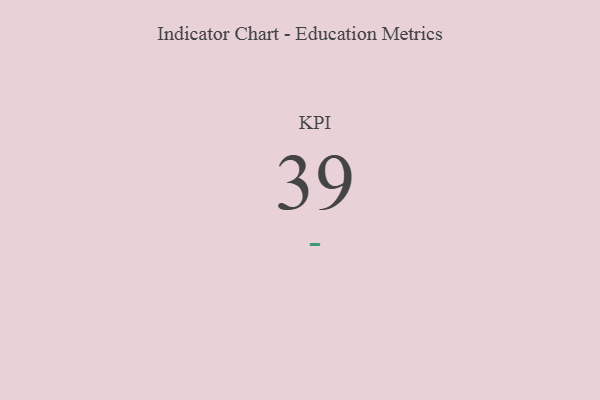
{"axis": {"x": "KPI", "y": "Value"}, "legend": [""], "data": [{"x": "KPI", "y": 39, "type": ""}]}